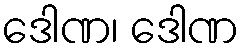
ဒေါဏ၊ ဒေါဏ